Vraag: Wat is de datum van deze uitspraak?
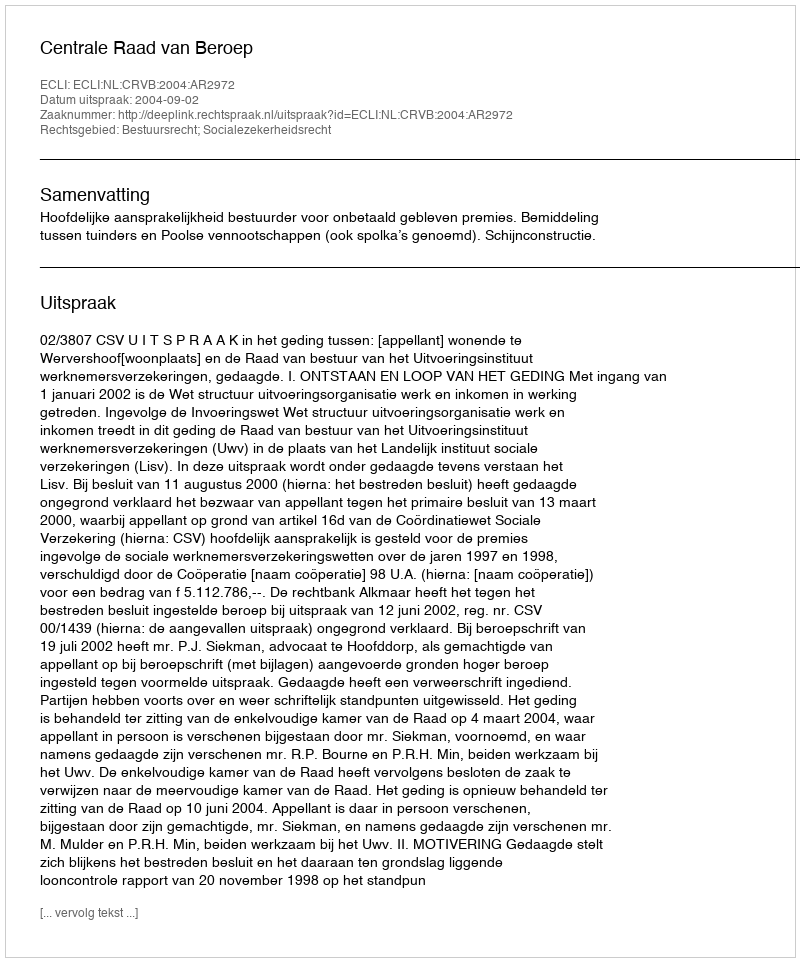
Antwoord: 2004-09-02